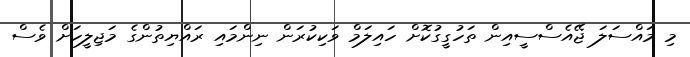
މި މައްސަލަ ޖޭއެސްސީއިން ތަހުގީގުކޮށް ހައިލަމް ވަކިކުރަން ނިންމައި ރައްޔިތުންގެ މަޖިލީހަށް ވެސް